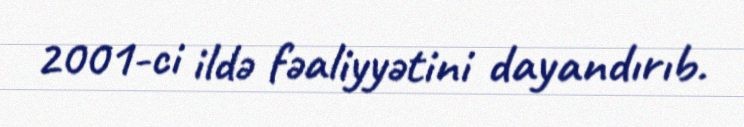
2001-ci ildə fəaliyyətini dayandırıb.